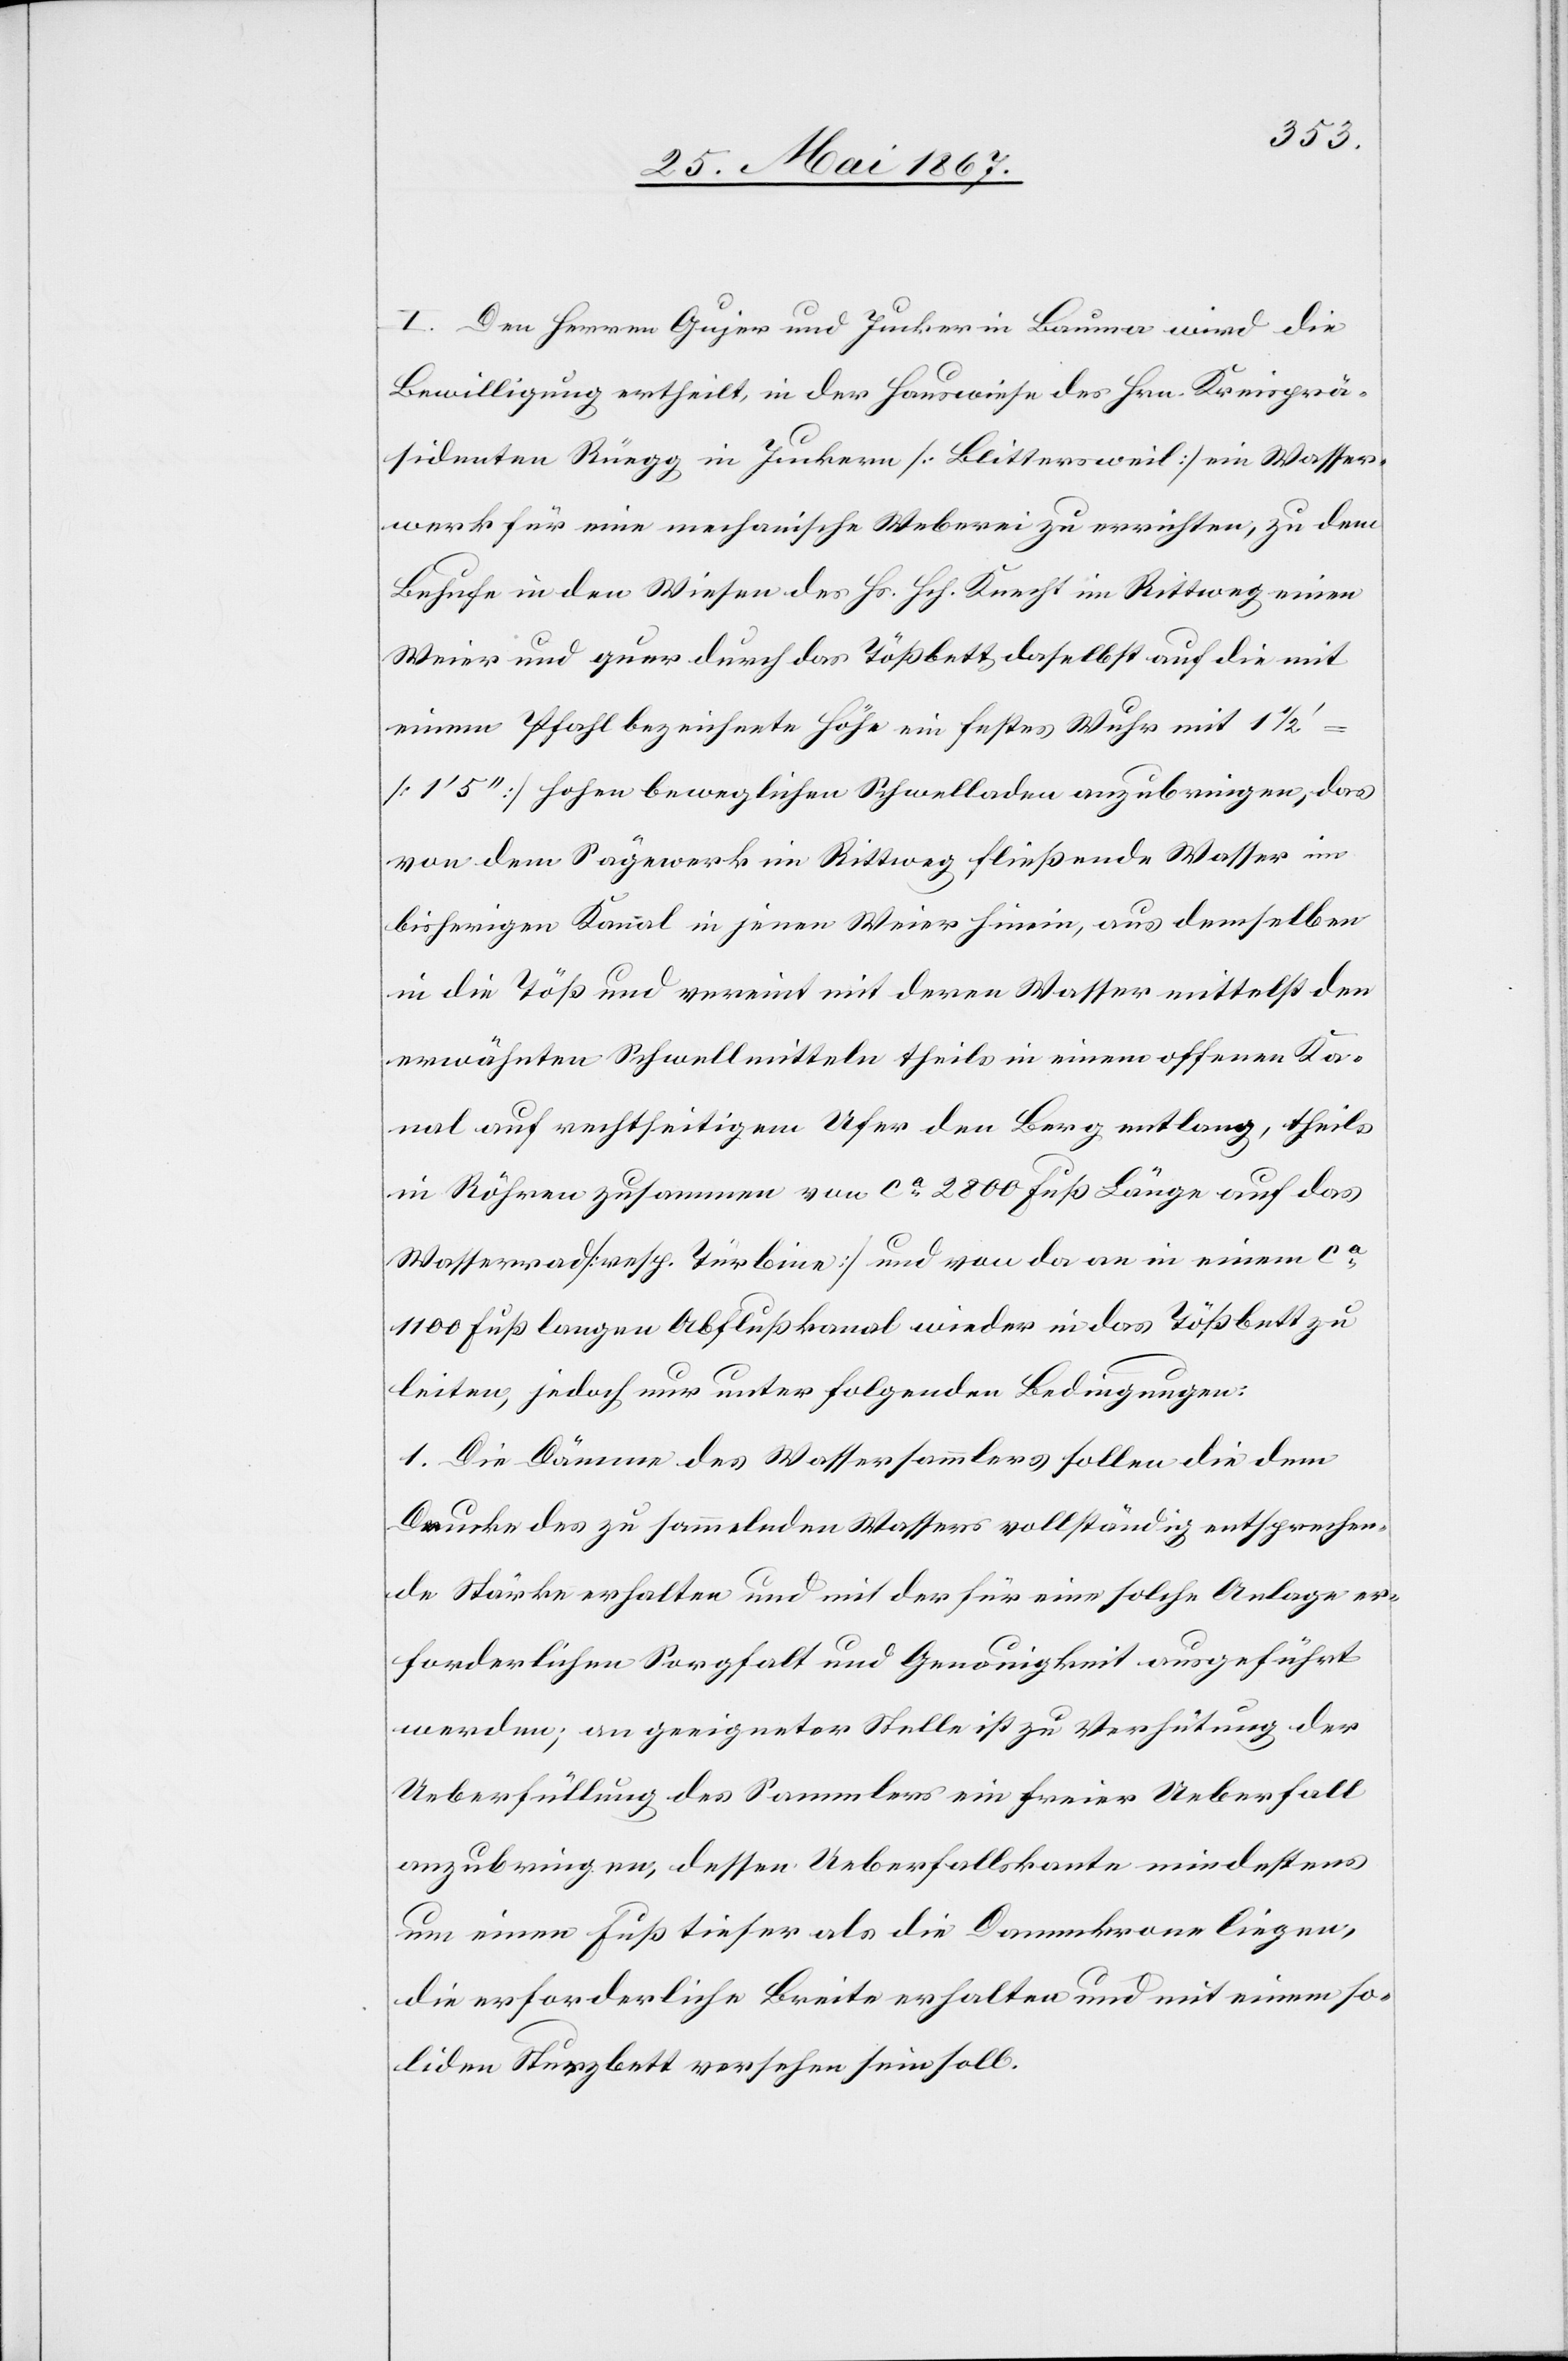
I. Den Herren Gujer und Jucker in Bauma wird die
Bewilligung ertheilt, in der Hauswiese des Hrn. Kreisprä¬
sidenten Rüegg in Junkern [Blittersweil] ein Wasser¬
werk für eine mechanische Weberei zu errichten, zu dem
Behufe in den Wiesen des Hs. Hch. Knecht im Rittweg einen
Weier und quer durch das Tößbett daselbst auf die mit
einem Pfahl bezeichnete Höhe ein festes Wuhr mit 1 1/2
[1’ 5’’] hohen beweglichen Schwelladen anzubringen, das
von dem Sägewerk in Rittweg fließende Wasser im
bisherigen Kanal in jenen Weier hinein, aus demselben
in die Töß und vereint mit deren Wasser mittelst den
erwähnten Schwellmitteln theils in einem offenen Ka¬
nal auf rechtseitigem Ufer den Berg entlang, theils
in Röhren zusammen von ca. 2800 Fuß Länge auf das
Wasserrad [resp. Turbine] und von da an in einem ca.
1100 Fuß langen Abflußkanal wieder in das Tößbett zu
leiten, jedoch nur unter folgenden Bedingungen:
1. Die Dämme des Wassersammlers sollen die dem
Drucke des zu sammelnden Wassers vollständig entsprechen¬
de Stärke erhalten und mit der für eine solche Anlage er¬
forderlichen Sorgfalt und Genauigkeit ausgeführt
werden; an geeigneter Stelle ist zu Verhütung der
Ueberfüllung des Sammlers ein freier Ueberfall
anzubringen, dessen Ueberfallskante mindestens
um einen Fuß tiefer als die Dammkrone liegen,
die erforderliche Breite erhalten und mit einem so¬
liden Sturzbett versehen sein soll.